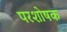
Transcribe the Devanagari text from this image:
परशोषक